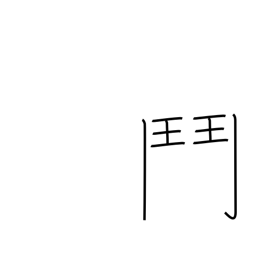
Meaning: broken gate radical (no. 191)